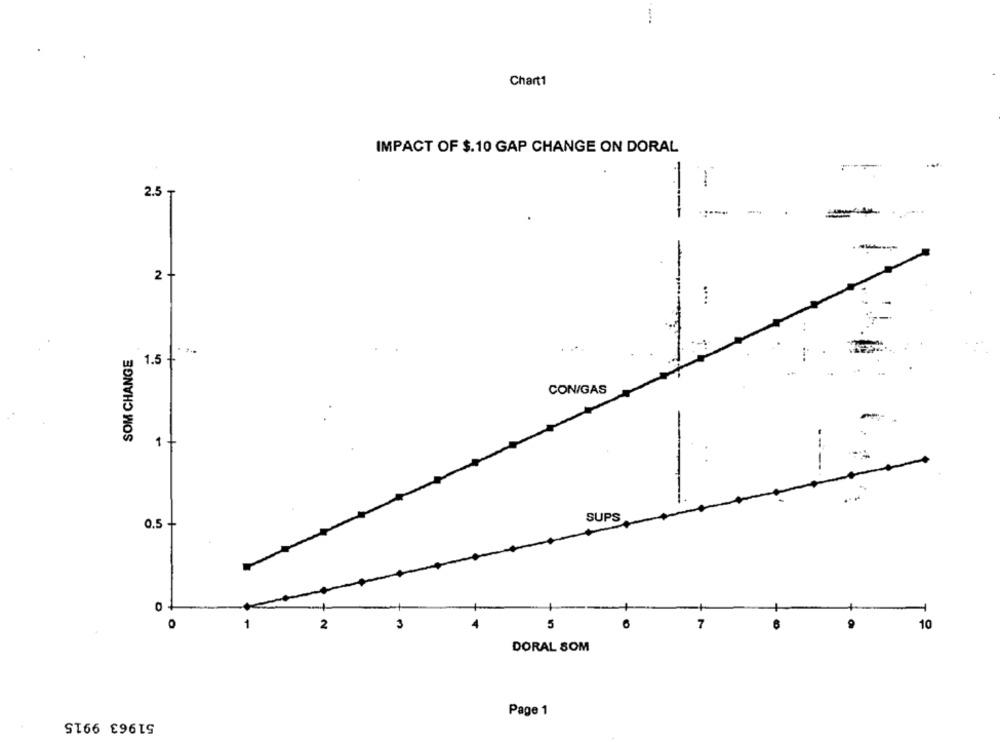
Chart1
IMPACT OF $.10 GAP CHANGE ON DORAL
2.5
----
- -
-
2 -
....
SOM CHANGE
1.5
1.5 +
CON/GAS
SUPS
0.5
5
O
2
10
DORAL SOM
Page 1
51963 9915